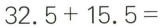
32.5+15.5=